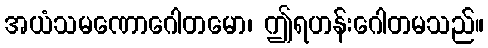
အယံသမဏောဂေါတမော၊ ဤရဟန်းဂေါတမသည်။